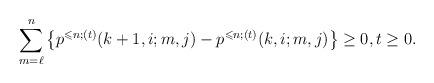
LaTeX: \begin{align*}\sum_{m=\ell}^n\left\{ p^{\leqslant n;(t)}(k+1,i;m,j) - p^{\leqslant n;(t)}(k,i;m,j) \right\} \ge 0,t \ge 0.\end{align*}